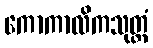
ကောကာလိကသုတ္တံ